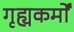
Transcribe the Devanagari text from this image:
गृह्यकर्मों